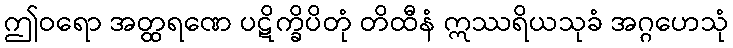
ဤဝရော အတ္ထရဏေ ပဋိက္ခိပိတုံ တိထီနံ ဣဿရိယသုခံ အဂ္ဂဟေသုံ